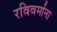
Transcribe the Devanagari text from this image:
रविवर्माना